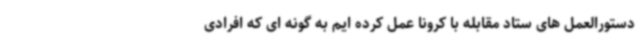
دستورالعمل های ستاد مقابله با کرونا عمل کرده ایم به گونه ای که افرادی